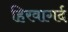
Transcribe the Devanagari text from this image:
हिरवागर्द